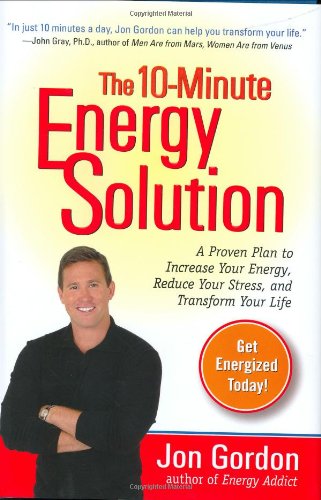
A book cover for The 10-Minute Energy Solution; Jon Gordon; Health, Fitness & Dieting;